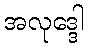
အလုဒ္ဒေါ